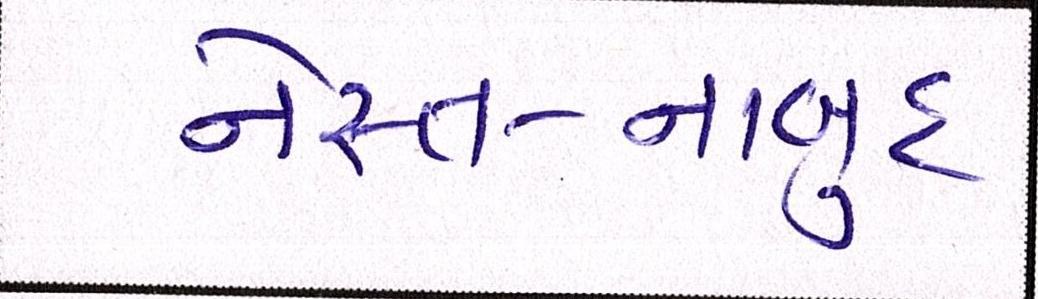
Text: નેસ્ત-નાબુદ